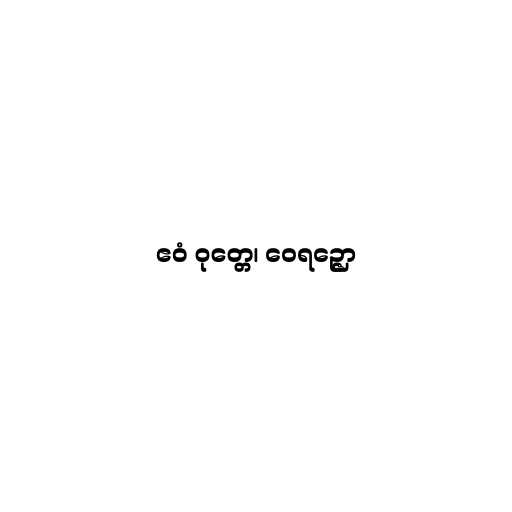
ဧဝံ ဝုတ္တေ၊ ဝေရဉ္ဇော